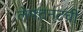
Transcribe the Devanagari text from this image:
लेफ्टनंटची